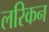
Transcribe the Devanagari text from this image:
लरिकन